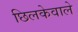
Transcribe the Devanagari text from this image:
छिलकेवाले